Report on horse surra - Volume I
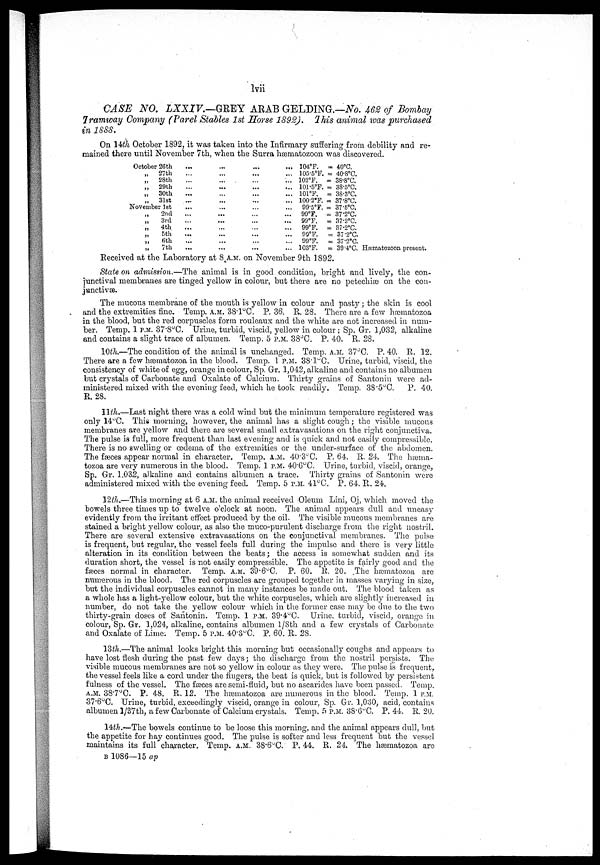
Ivii
CASE NO. LXXIV.—GREY
ARAB GELDING.—No. 462 of Bombay
Tramway Company (Parel Stables 1st Horse 1892). litis animal was purchased
in 1888.
On 14th October 1892, it was taken into the Infirmary suffering from debility and re
mained there until November 7th, when the Surra hæmatozoon was discovered.
October 26th
„
„
„
„
„
27th
28th
29th
30th
31st
November 1st
„
„
„
„
„
„
2nd
3rd
4th
5th
6th
7th
...
...
...
...
...
...
...
...
...
...
...
...
...
...
...
...
...
...
...
...
...
...
...
....
...
...
...
...
...
...
...
...
...
...
...
...
...
...
...
...
...
...
...
...
...
...
...
...
...
...
...
...
104°F.
105.5°F.
102°F.
101.5°F.
101°F.
100.2°F.
99.5°F.
99°F.
99°F.
99°F.
99°F.
99°F.
103°F.
= 40°C.
= 40.8°C.
= 38.8°C.
= 38.5°C.
= 38.3°C.
= 37.8°C.
= 37.5°C.
= 37.2°C.
= 37.2°C.
= 37.2°C.
= 37.2°C.
= 37.2°C.
= 39.4°C. Hæmatozoon present.
Received at the Laboratory at 8A.M. on November 9th 1892.
State on admission.—The animal is in good condition, bright and lively, the con
junctival membranes are tinged yellow in colour, but there are no petechias on the con
junctivae..
The mucous membrane of the mouth is yellow in colour and pasty ; the skin is cool
and the extremities fine. Temp. A.M. 38.1°C. P. 36. R. 28. There are a few hæmatozoa
in the blood, but the red corpuscles form rouleaux and the white are not increased in num
ber. Temp. 1 P.M. 37.8°C. Urine, turbid, viscid, yellow in colour ; Sp. Gr. 1,032, alkaline
and contains a slight trace of albumen. Temp. 5 P.M. 38°C. P. 40. R. 28.
10th.—The condition of the animal is unchanged. Temp. A.M. 37°C. P. 40. R. 12.
There are a few hæmatozoa in the blood. Temp. 1 P.M. 38.1°C. Urine, turbid, viscid, the
consistency of white of egg, orange in colour, Sp. Gr. 1,042, alkaline and contains no albumen
but crystals of Carbonate and Oxalate of Calcium. Thirty grains of Santonin were ad
ministered mixed with the evening feed, which he took readily. Temp. 38.5°C.
P. 40.
R. 28.
11th.—Last night there was a cold wind but the minimum temperature registered was
only 14°C. This morning, however, the animal has a slight cough ; the visible mucous
membranes are yellow and there are several small extravasations on the right conjunctiva.
The pulse is full, more frequent than last evening and is quick and not easily compressible.
There is no swelling or oedema of the extremities or the under-surface of the abdomen.
The faeces appear normal in character. Temp. A.M. 40.3°C. P. 64. R. 24. The hæma-
tozoa are very numerous in the blood. Temp. 1 P.M. 40.6°C. Urine, turbid, viscid, orange,
Sp. Gr. 1,032, alkaline and contains albumen a trace. Thirty grains of Santonin were
administered mixed with the evening feed. Temp. 5 P.M. 41°C. P. 64. R. 24.
12th,—This morning at 6 A.M. the animal received Oleum Lini, Oj, which moved the
bowels three times up to twelve o'clock at noon. The animal appears dull and uneasy
evidently from the irritant effect produced by the oil. The visible mucous membranes are
stained a bright yellow colour, as also the muco-purulent discharge from the right nostril.
There are several extensive extravasations on the conjunctival membranes. The pulse
is frequent, but regular, the vessel feels full during the impulse and there is very little
alteration in its condition between the beats; the access is somewhat sudden and its
duration short, the vessel is not easily compressible. The appetite is fairly good and the
fæces normal in character. Temp. A.M. 39.6°C. P. 60. R. 20. The hæmatozoa are
numerous in the blood. The red corpuscles are grouped together in masses varying in size,
but the individual corpuscles cannot in many instances be made out. The blood taken as
a whole has a light-yellow colour, but the white corpuscles, which are slightly increased in
number, do not take the yellow colour which in the former case may be due to the two
thirty-grain doses of Santonin. Temp. 1 P.M. 39.4°0. Urine, turbid, viscid, orange in
colour, Sp. Gr. 1,024, alkaline, contains albumen ⅛th and a few crystals of Carbonate
and Oxalate of Lime. Temp. 5 P.M. 40.3°C. P. 60. R. 28.
13th.—The animal looks bright this morning but occasionally coughs and appears to
have lost flesh during the past few days ; the discharge from the nostril persists. The
visible mucous membranes are not so yellow in colour as they were. The pulse is frequent,
the vessel feels like a cord under the fingers, the beat is quick, but is followed by persistent
fulness of the vessel. The fæces are semi-fluid, but no ascarides have been passed. Temp.
A.M. 38.7°C. P. 48. R. 12. The hæmatozoa are numerous in the blood. Temp. 1 P.M.
37.6°C. Urine, turbid, exceedingly viscid, orange in colour, Sp. Gr. 1,030, acid, contains
albumen 1/37th, a few Carbonate of Calcium crystals. Temp. 5 P.M. 38.6°C. P. 44. R. 20.
14th.—The bowels continue to be loose this morning, and the animal appears dull, but
the appetite for hay continues good. The pulse is softer and less frequent but the vessel
maintains its full character. Temp. A.M. 38.6°C. P. 44. R. 24. The hæmatozoa are
B 1086—15 ap